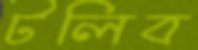
টলিব